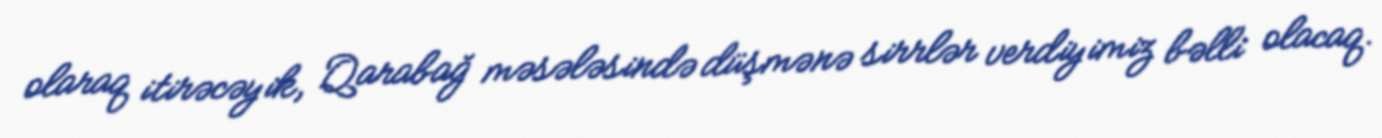
olaraq itirəcəyik, Qarabağ məsələsində düşmənə sirrlər verdiyimiz bəlli olacaq.